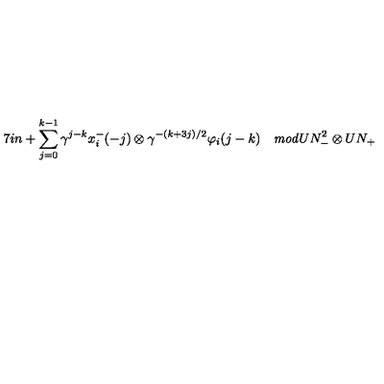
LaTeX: \hspace { . 7 i n } + \sum _ { j = 0 } ^ { k - 1 } \gamma ^ { j - k } x _ { i } ^ { - } ( - j ) \otimes \gamma ^ { - ( k + 3 j ) / 2 } \varphi _ { i } ( j - k ) \quad { \it m o d } U N _ { - } ^ { 2 } \otimes U N _ { + }